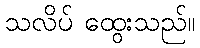
သလိပ် ထွေးသည်။